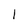
Character: 1